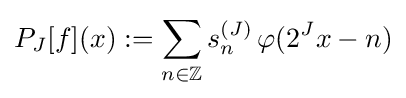
P_{J}[f](x):=\sum _{n\in \mathbb {Z} }s_{n}^{(J)}\,\varphi (2^{J}x-n)